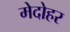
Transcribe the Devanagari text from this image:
मेदोहर